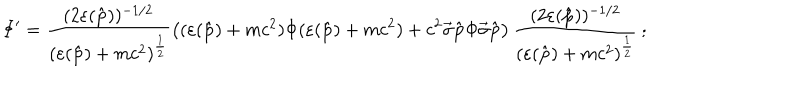
\Phi ^ { \prime } = \frac { ( 2 \varepsilon ( \hat { \bf p } ) ) ^ { - 1 / 2 } } { ( \varepsilon ( \hat { \bf p } ) + m c ^ { 2 } ) ^ { \frac { 1 } { 2 } } } \left( ( \varepsilon ( \hat { \bf p } ) + m c ^ { 2 } ) \Phi ( \varepsilon ( \hat { \bf p } ) + m c ^ { 2 } ) + c ^ { 2 } \vec { \sigma } { \bf \hat { p } } \Phi \vec { \sigma } { \bf \hat { p } } \right) \frac { ( 2 \varepsilon ( \hat { \bf p } ) ) ^ { - 1 / 2 } } { ( \varepsilon ( \hat { \bf p } ) + m c ^ { 2 } ) ^ { \frac { 1 } { 2 } } } \, ;